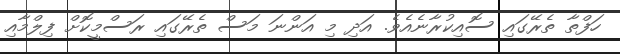
ހަފްތާ ތެރޭގައި ސޮއިކުރާނެއެވެ. އަދި މި އަންނަ މަސް ތެރޭގައި ރަސްމީކޮށް ފިލްމާއި